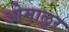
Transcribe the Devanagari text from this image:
ओमालुर